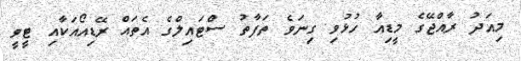
މިއަދު ރާއްޖޭގެ މީޑިއާ ހުޅުވި ގިނަވެ ތަފާތު ސްޓައިލްގެ އެތައް ރޭޑިއޯއަކާއި ޓީވީ